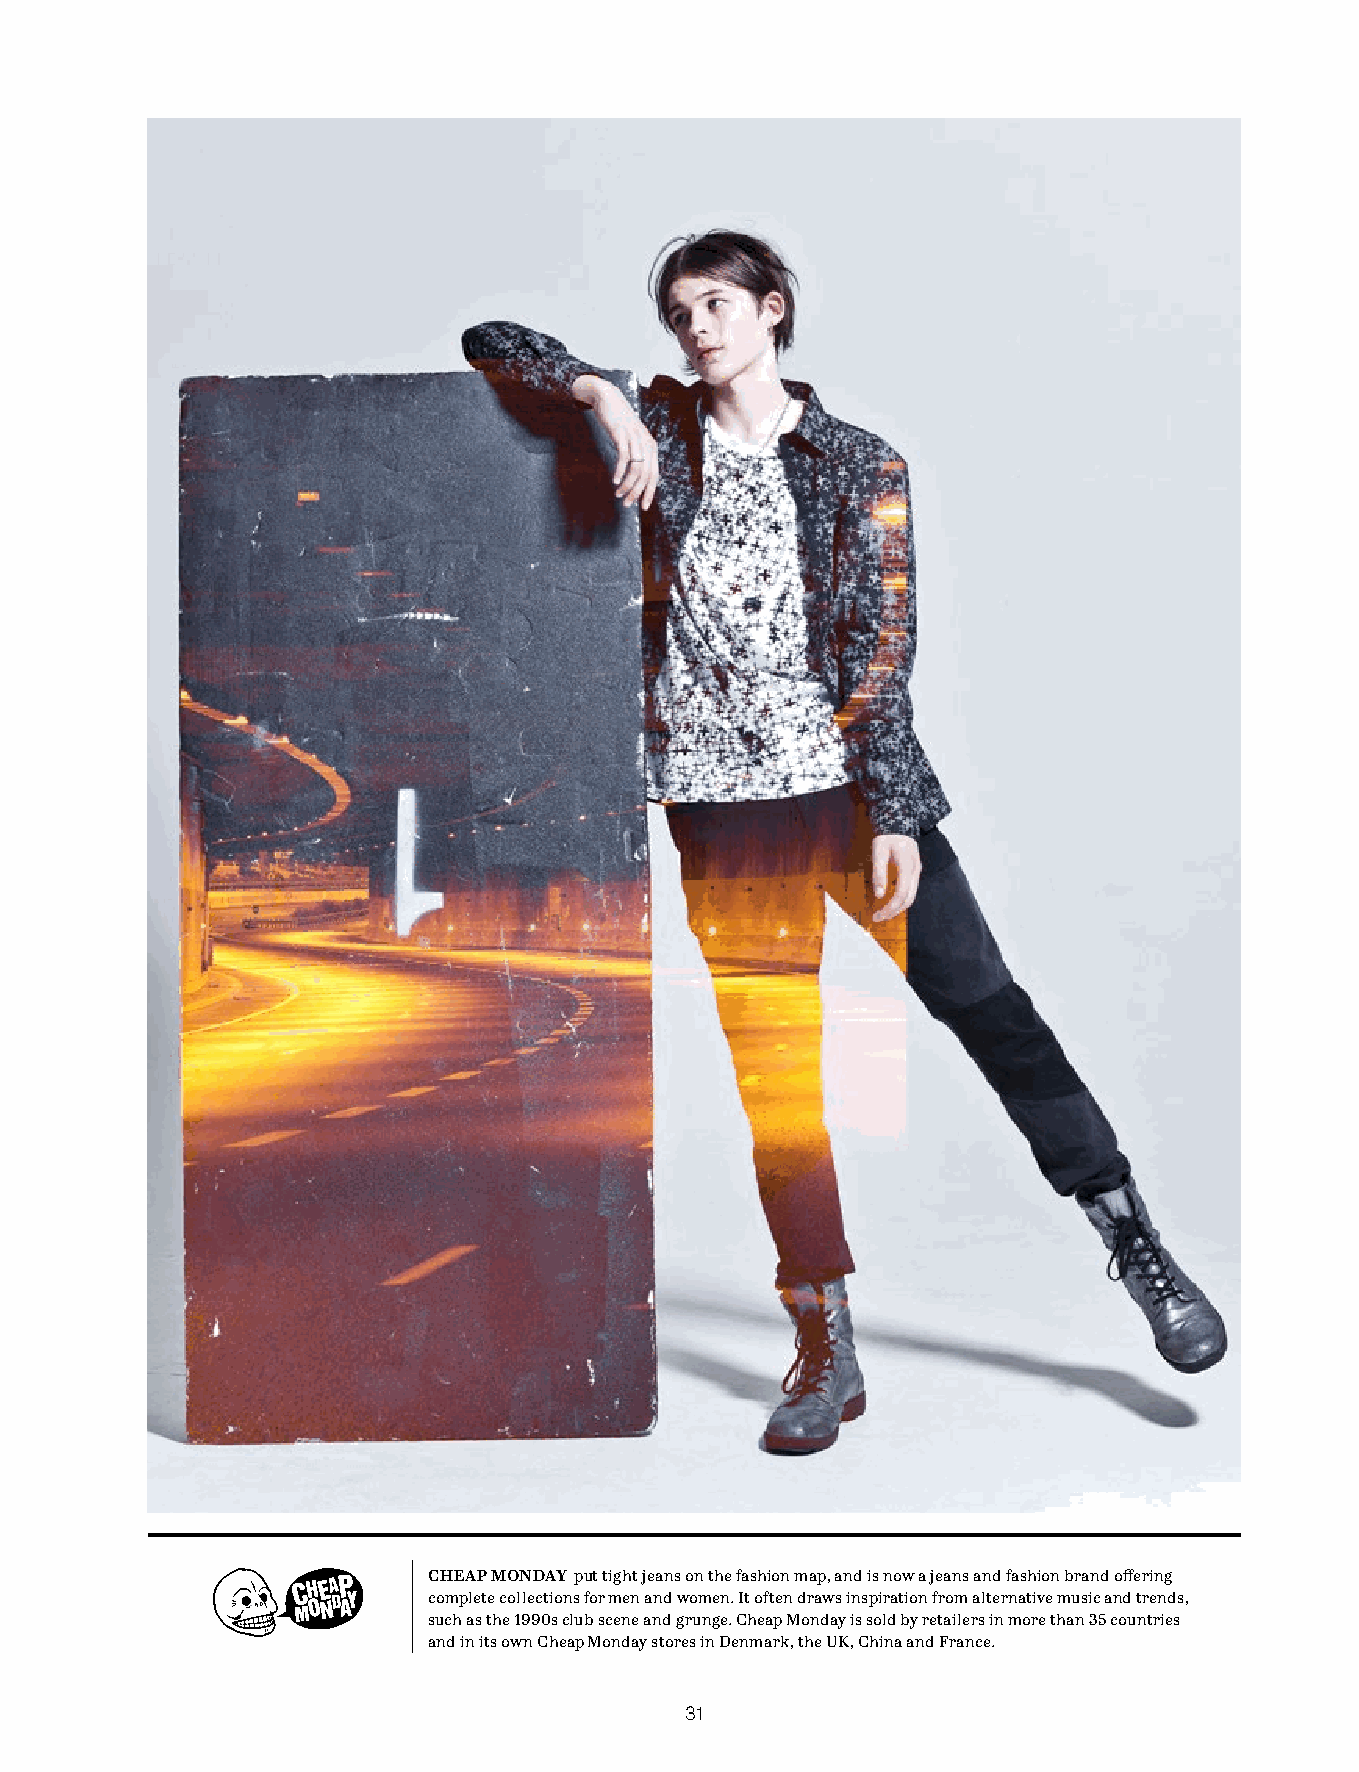
CHEAP MONDAY put tight jeans on the fashion map, and is now a jeans and fashion brand offering
 complete collections for men and women. It often draws inspiration from alternative music and trends,
 such as the 1990s club scene and grunge. Cheap Monday is sold by retailers in more than 35 countries
 and in its own Cheap Monday stores in Denmark, the UK, China and France.
 31